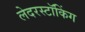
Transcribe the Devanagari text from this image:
लेदरस्टॉकिंग